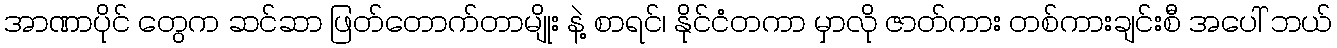
အာဏာပိုင် တွေက ဆင်ဆာ ဖြတ်တောက်တာမျိုး နဲ့ စာရင်၊ နိုင်ငံတကာ မှာလို ဇာတ်ကား တစ်ကားချင်းစီ အပေါ် ဘယ်